system: You are a helpful assistant.
user:
Analyze the provided spectrum to determine if it is a **M-type Giant (gM)**.

A M-type Giant spectrum is defined by its **strong molecular absorption** features, particularly from **Titanium Oxide (TiO)**. You must check for one of the following mutually exclusive signatures:

- **Key Visual Indicators (Absorption-Dominated Spectrum):**

    - **(Primary):** The spectrum is dominated by strong molecular absorption from **Titanium Oxide (TiO)**. This is the **defining feature** of its M-type temperature class.
        - **(Key Bandheads):** Look for sharp, "saw-tooth" absorption valleys. The strongest are located near **~7050 Å**, **~6160 Å**, and **~5170 Å**.
        - **(Line Profile):** The "saw-tooth" morphology is critical: a **sharp, steep drop on the BLUE (short-wavelength) side** of the bandhead, followed by a gradual recovery (rising flux) towards the RED (long-wavelength) side.

    - **(Key Confirmation - Giant vs. Dwarf):** **ABSENCE** of strong **Calcium Hydride (CaH)** molecular bands. This is the primary diagnostic for *excluding* M-dwarfs.
        - **(Key Region):** The spectrum should lack the strong, broad absorption band seen in dwarfs between **~6800 Å and ~7000 Å**.

    - **(Secondary Confirmation - Giant):** A very strong and broad **Neutral Calcium (Ca I)** atomic absorption line.
        - **(Key Line):** Located at **~4226 Å**. In a giant (gM), this line is significantly deeper and broader than the same line in an M-dwarf (dM) due to low surface gravity.

    - **(Overall Spectrum):**
        - The continuum is **extremely red-sloping** (i.e., flux is very low in the blue and rises dramatically towards the red).
        - The entire spectrum appears "chopped up" by the deep TiO bands.

Think first, call **spectral_visualization_tool** if needed to examine features in detail, then provide your final answer. Your response must adhere to the following strict rules:
1.  **Overall Structure:** Your response must follow the format `<think>...</think> <tool_call>...</tool_call> (if a tool is used) <answer>...</answer>`.
2.  **Tool Usage Constraint:** You may only make **one** tool call per turn.
3.  **Final Answer Format:** In the `<answer>` tag, your conclusion must be inside a `\boxed{}` command (e.g., `\boxed{YES}` or `\boxed{NO}`), followed by your justification.

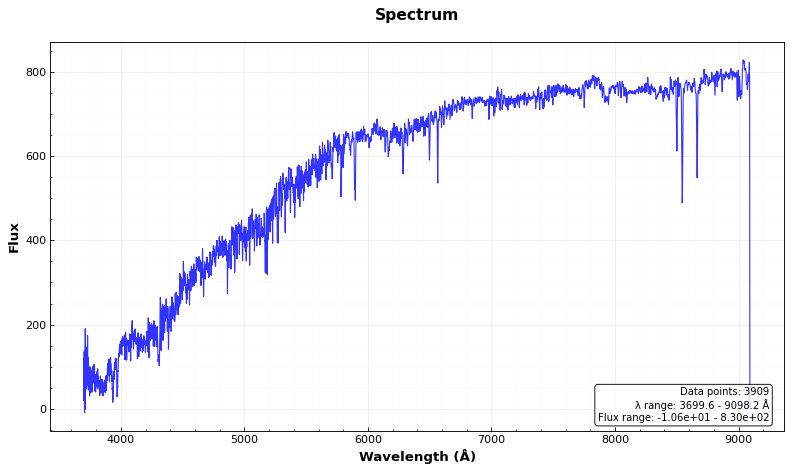
Answer: NO